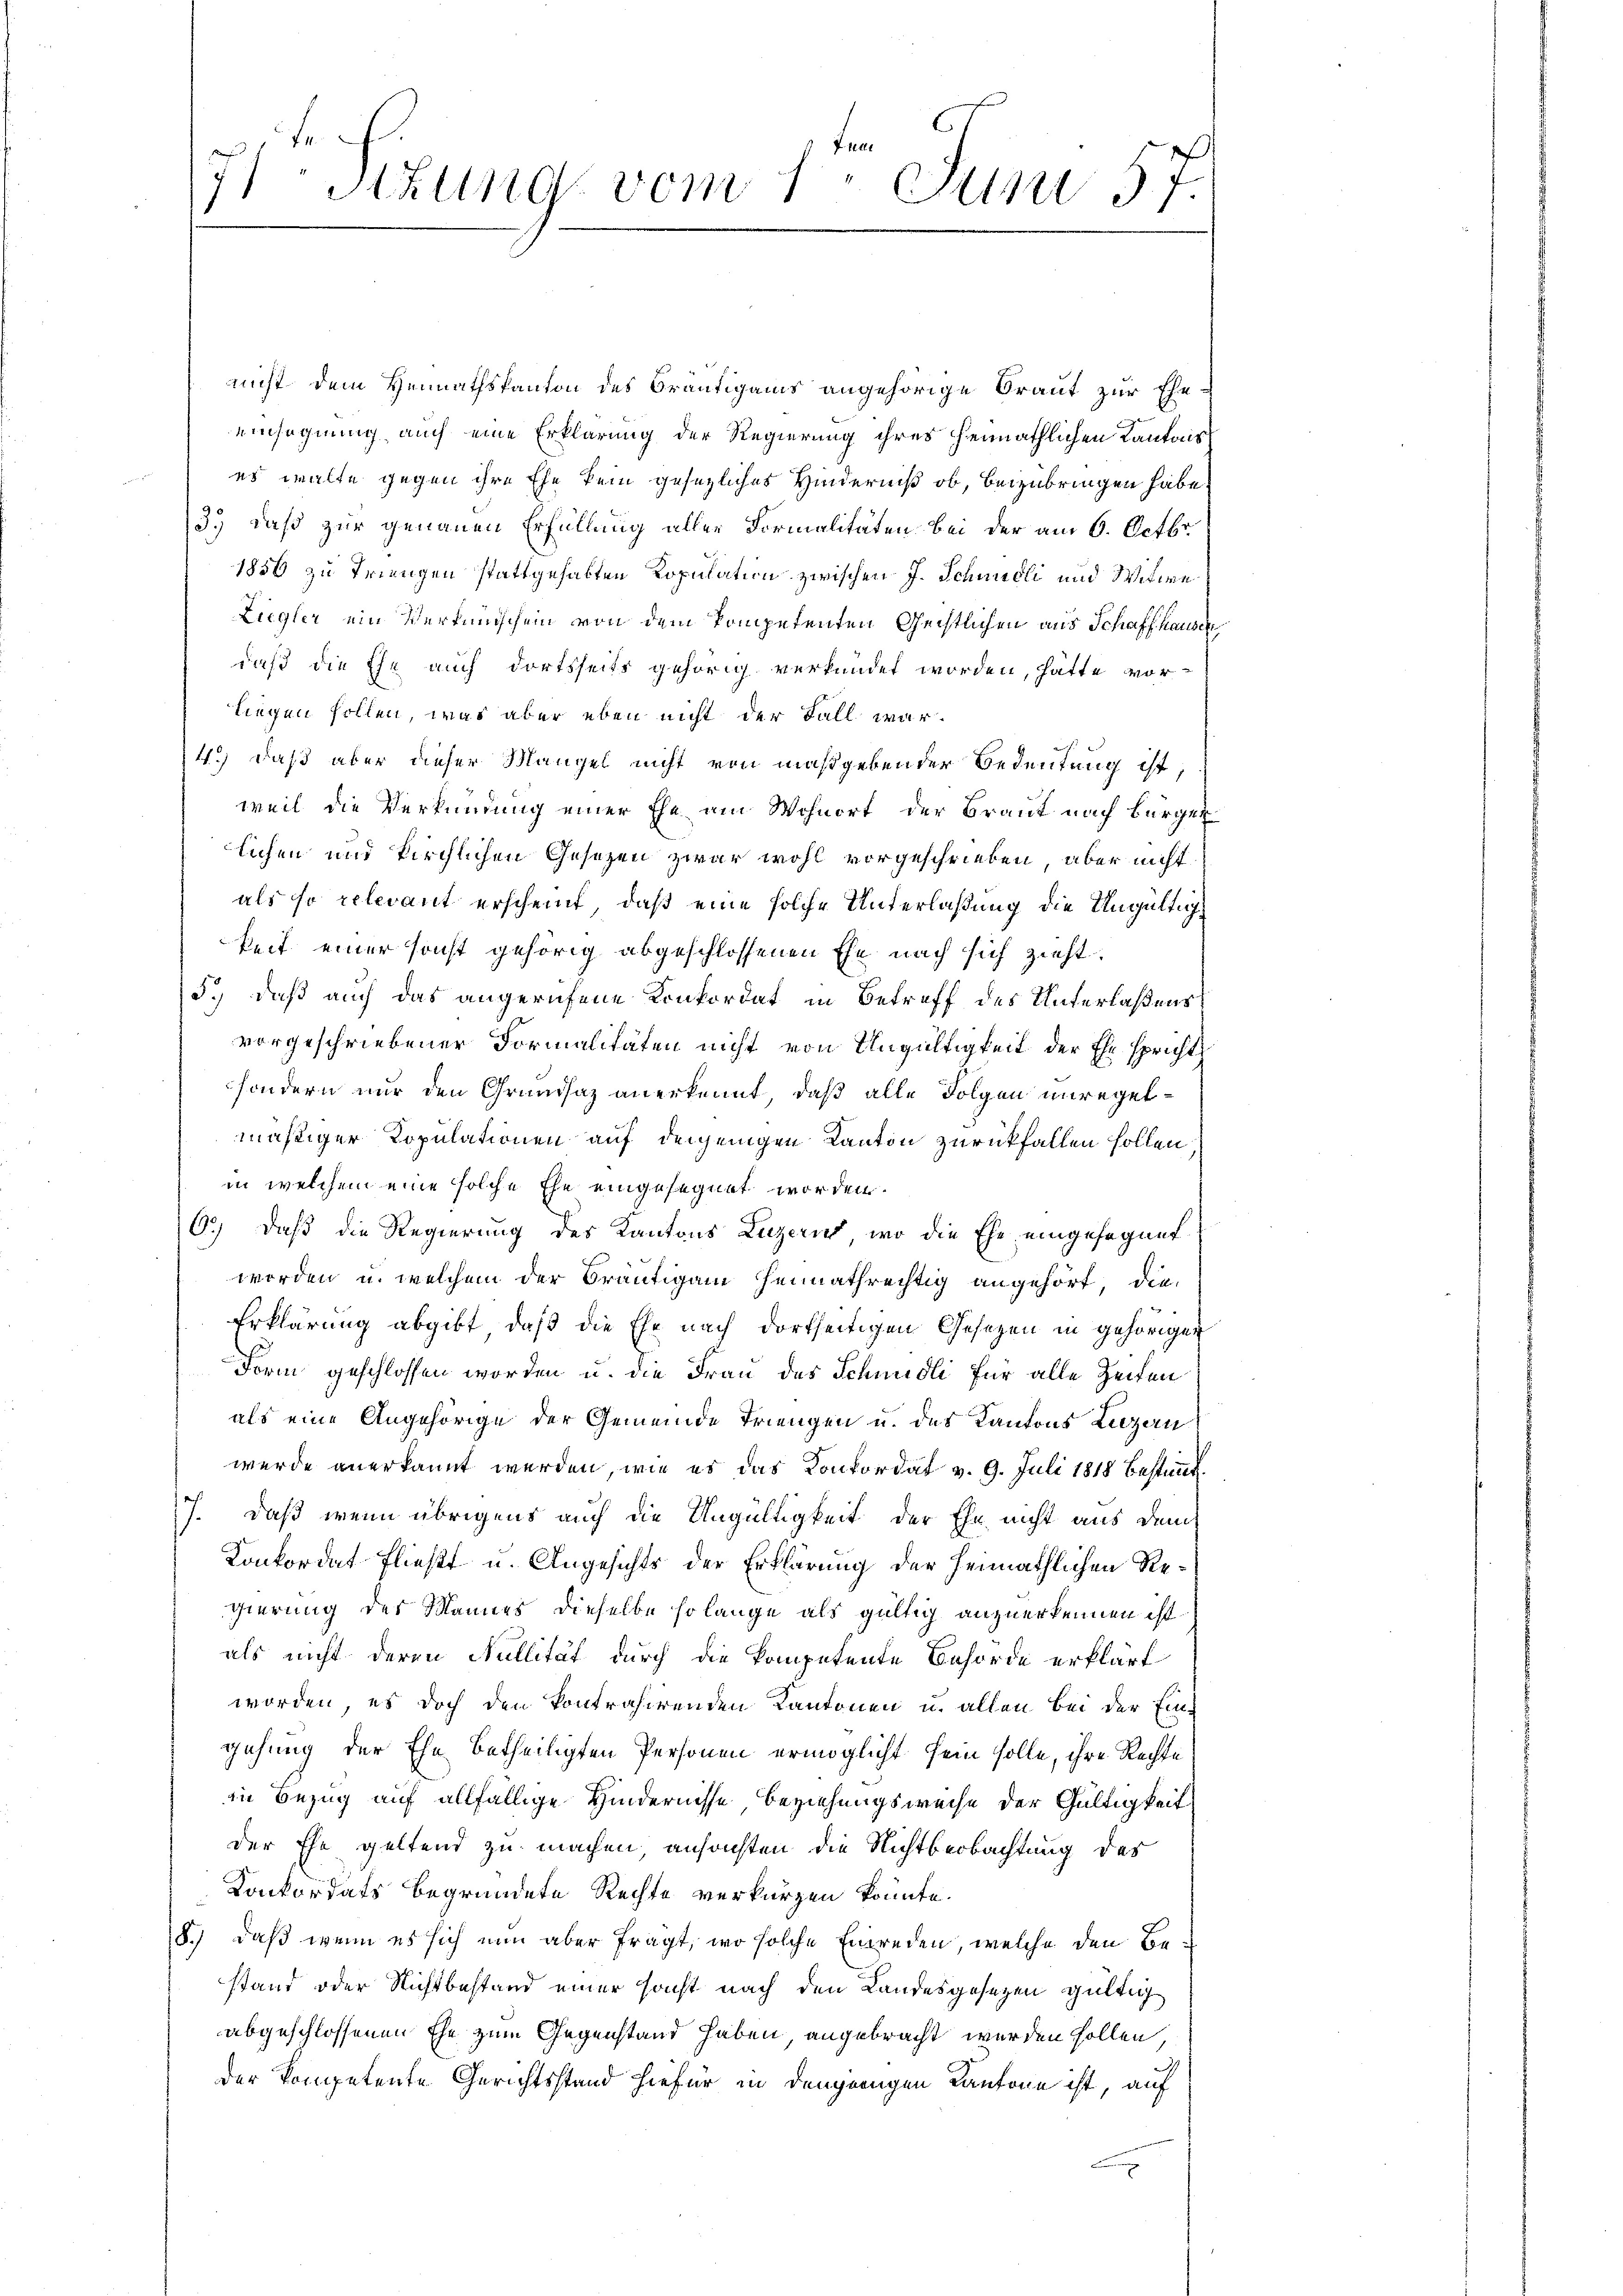
Fran

Sitzung vom 1. Juni 57.

nicht dem Heimathskanton des Bräutigams angehörige Braut zur Eheeinsegnung auch eine Erklärung der Regierung ihres heimathlichen Kantons
es walte gegen ihre Ehe kein gesetzliches Hinderniß ob, beizubringen habe.
3.) daß zur genauen Erfüllung aller Formalitäten bei der am 6. Octbr.
1856 zu Triengen stattgehabten Kopulation zwischen J. Schmidli und Witwe
Ziegler ein Verkündschein von dem kompetenten Geistlichen aus Schaffhausen
daß die Ehe auch dortsseits gehörig verkündet worden, hätte vorliegen sollen, was aber eben nicht der Fall war
4.) daß aber dieser Mangel nicht von maßgebender Bedeutung ist,
weil die Verkündung einer Ehe am Wohnort der Braut nach Bürger
lichen und kirchlichen Gesezen zwar wohl vorgeschrieben, aber nicht
als so relevant erscheint, daß eine solche Unterlaßung die Ungültigkeit einer sonst gehörig abgeschlossenen Ehe nach sich zieht.
5.) daß auch das angerufene Konkordat in Betreff des Unterlaßens
vorgeschriebener Formalitäten nicht von Ungültigkeit der Ehe spricht
sondern nur den Grundsaz anerkennt, daß alle Folgen unregelmäßiger Kopulationen auf denjenigen Kanton zurückfallen sollen
in welchem eine solche Ehe eingesegnet worden.
6.) Daß die Regierung des Kantons Luzern, wo die Ehe eingesegnet
worden u. welchem der Bräutigam heimathrechtig angehört, die
Erklärung abgibt, daß die Ehr nach dortseitigen Gesetzen in gehöriger
Form geschlossen worden u. die Frau des Schmidli für alle Zeiten
als eine Angehörige der Gemeinde Triengen u. des Kantons Luzern
wurde anerkannt werden, wie es das Konkordat v. 9. Juli 1818 bestimmt.
7. Daß wenn übrigens auch die Ungültigkeit der Ehe nicht aus dem
Konkordat fließt u. Angesichts der Erklärung der Heimathlichen Regierung des Mannes dieselbe solange als gültig anzuerkennen ist.
als nicht deren Nullität durch die kompetente Behörde erklärt
worden, es doch den kontrahirenden Kantonen u. allen bei der Ein-
gehung der Ehe betheiligten Personen ermöglicht sein solle, ihre Rechte
in Bezug auf allfällige Hindernisse Beziehungsweise der Gültigkeit
der Ehe geltend zu machen, ansachten die Nichtbeobachtung des
Konkordats begründete Rechte verkürzen könnte.
8.) daß wenn es sich nun aber fragt, wo solche Einreden, welche den Bestand oder Nichtbestand einer sonst nach den Landesgesezen gültig
abgeschlossenen Ehe zum Gegenstand haben angebracht werden sollen,
der kompetente Gerichtsstand hiefür in denjenigen Kantone ist, auf